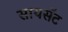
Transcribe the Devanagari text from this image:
सायसॅट